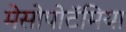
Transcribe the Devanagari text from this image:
मेसोपोटॅमिया